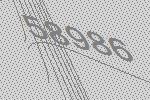
58986